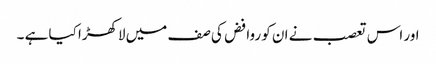
اور اس تعصب نے ان کو روافض کی صف میں لاکھڑا کیا ہے ۔